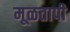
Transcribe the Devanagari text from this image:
मूळतापी